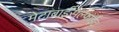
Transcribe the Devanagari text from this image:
मेटाबाईसल्फाईट